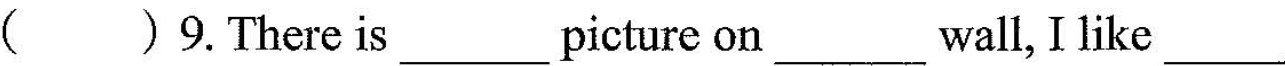
()9.There is___ picture on ___wall, I like ___